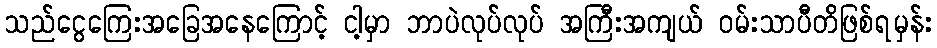
သည်ငွေကြေးအခြေအနေကြောင့် ငါ့မှာ ဘာပဲလုပ်လုပ် အကြီးအကျယ် ဝမ်းသာပီတိဖြစ်ရမှန်း